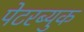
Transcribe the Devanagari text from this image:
पेटरब्युक